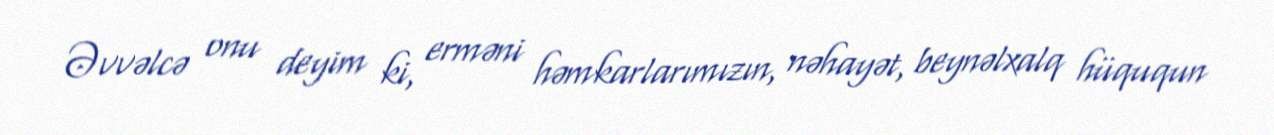
Əvvəlcə onu deyim ki, erməni həmkarlarımızın, nəhayət, beynəlxalq hüququn